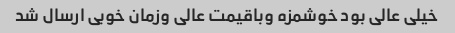
خیلی عالی بود خوشمزه وباقیمت عالی وزمان خوبی ارسال شد